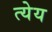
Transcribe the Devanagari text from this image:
त्येय